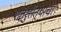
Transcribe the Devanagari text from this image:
शत्रुसैन्याचा